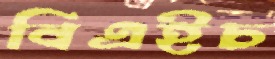
বিএইচ